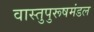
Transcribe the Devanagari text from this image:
वास्तुपुरूषमंडल